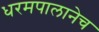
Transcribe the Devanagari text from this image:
धरमपालानेच